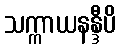
သက္ကာယနန္ဒီပိ